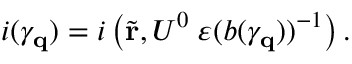
i ( \gamma _ { \bf q } ) = i \left( \tilde { \bf r } , U ^ { 0 } \; \varepsilon ( b ( \gamma _ { \bf q } ) ) ^ { - 1 } \right) .